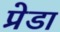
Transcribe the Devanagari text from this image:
प्रेडा